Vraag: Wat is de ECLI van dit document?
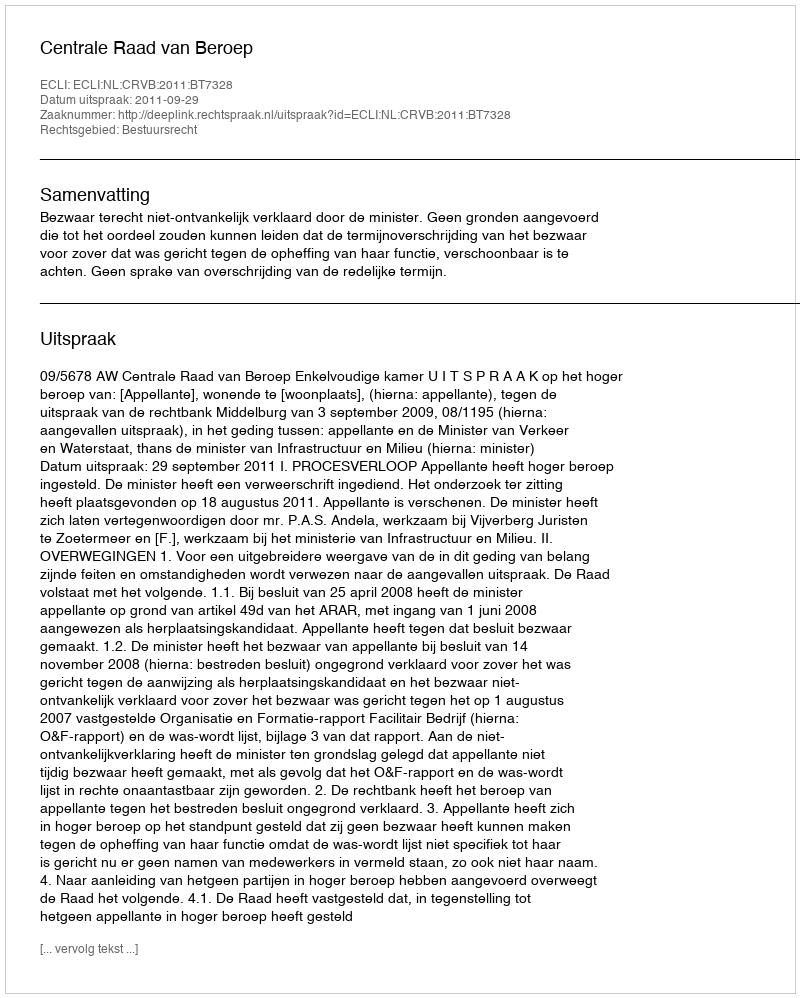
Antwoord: ECLI:NL:CRVB:2011:BT7328